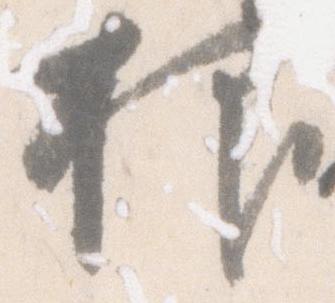
抑